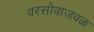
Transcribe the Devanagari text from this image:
वरसोवाजवळ